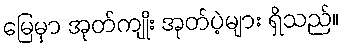
မြေမှာ အုတ်ကျိုး အုတ်ပဲ့များ ရှိသည်။